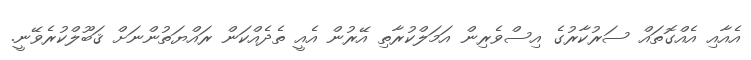
އެއާއި އެއްގޮތައް ސަރުކާރުގެ އިސްވެރިން އަމަލްކުރާތި އޭރުން އެއީ ތެދެއްކަން ރައްޔަތުންނަށް ޤަބޫލްކުރެވޭނީ.